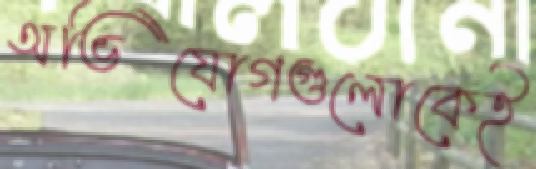
অভিযোগগুলোকেই